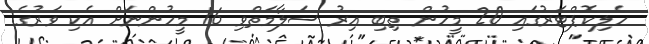
ހެލިކޮޕްޓަރުގައި 20 މީހުން ތިބި އިރު ސަލާމަތްވި 16 މީހުންނަށް އެކި ވަރުގެ